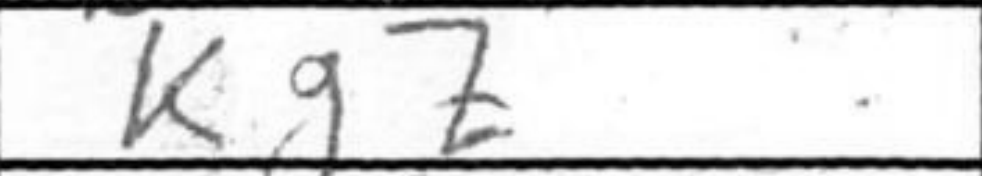
Transcription: Kg7